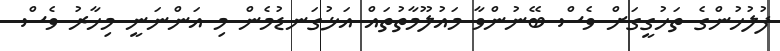
ފުލުހުންގެ ތަހުގީގަށް ވެސް ބޭނުންވާ މައުލޫމާތުތައް އަޅުގަނޑުމެން މި އަންނަނީ މިހާރު ވެސް